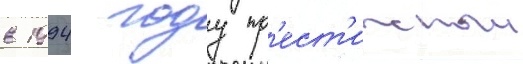
в 1994 году пр'ест'ижныи